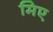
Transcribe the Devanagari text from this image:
मिए